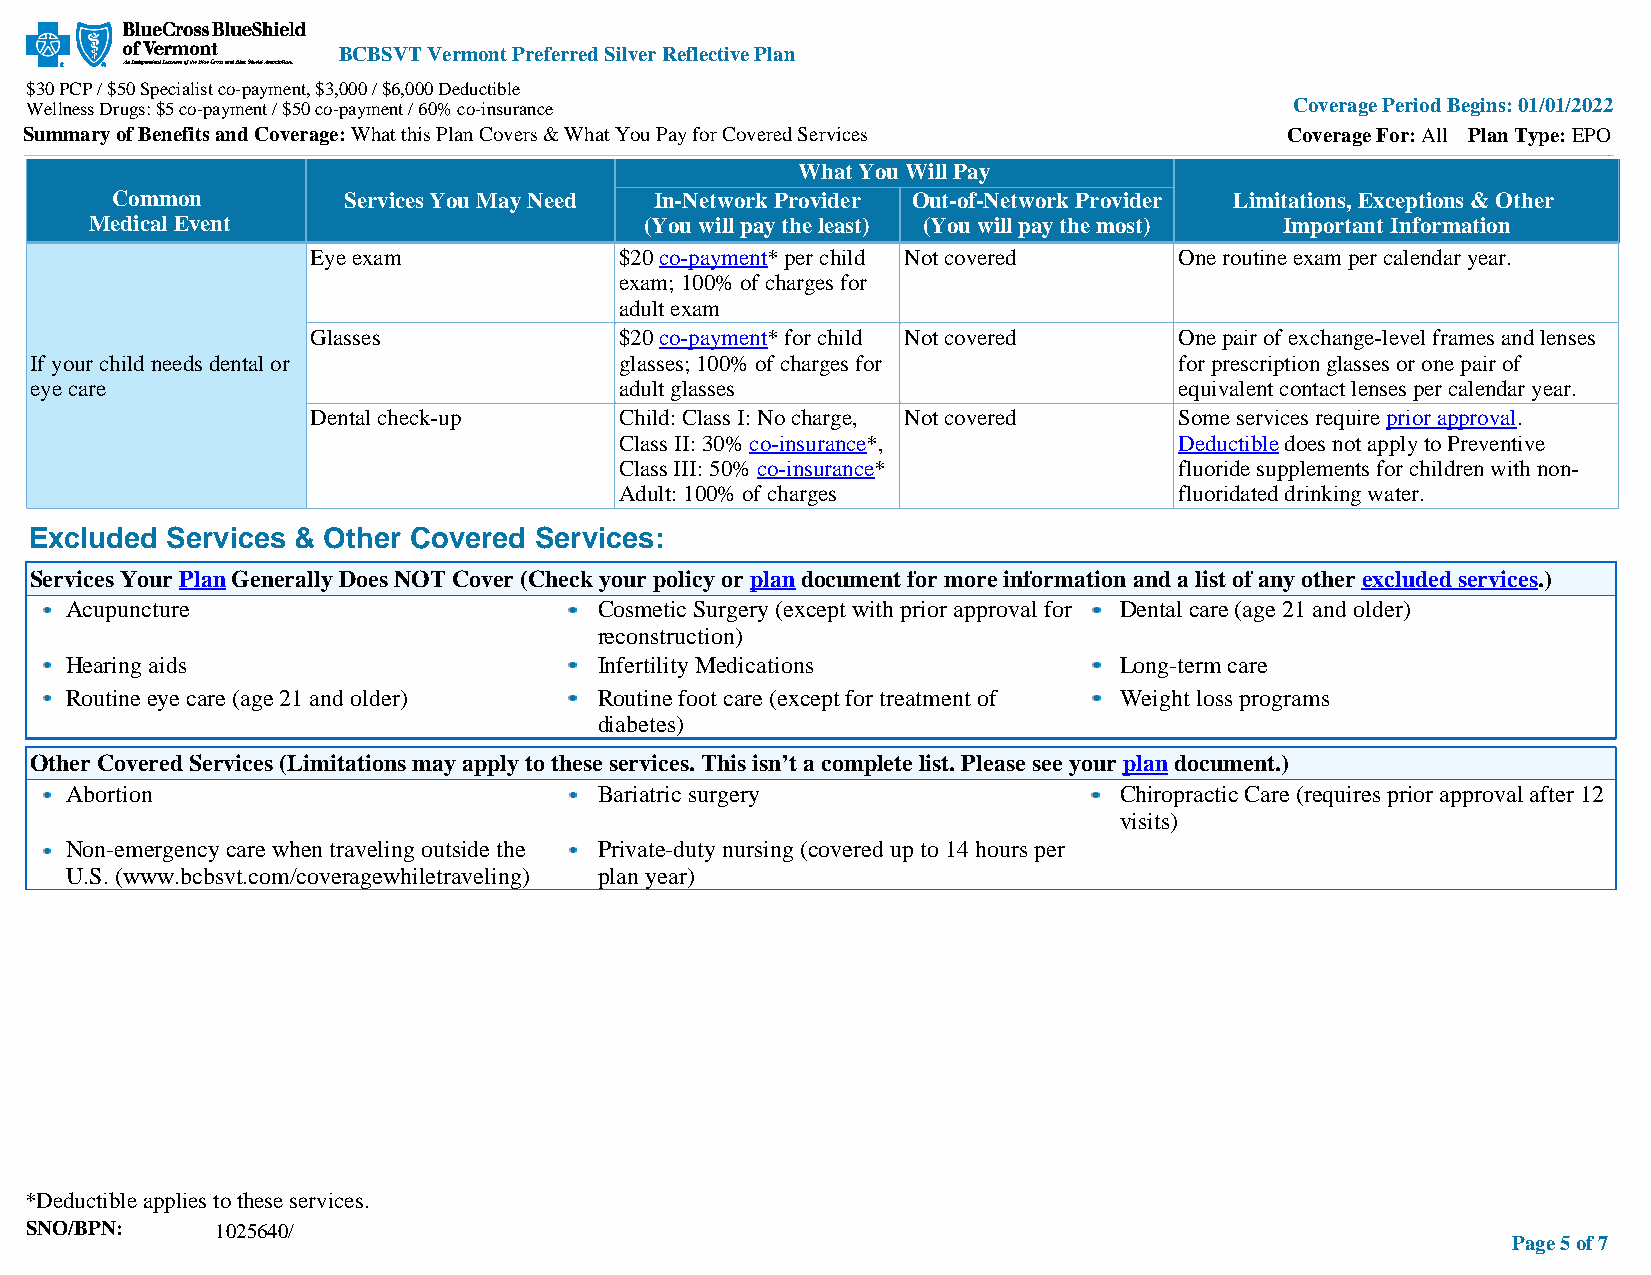
BCBSVT Vermont Preferred Silver Reflective Plan
 $30 PCP / $50 Specialist co-payment, $3,000 / $6,000 Deductible
 Wellness Drugs: $5 co-payment / $50 co-payment / 60% co-insurance                   Coverage Period Begins: 01/01/2022
 Summary of Benefits and Coverage: What this Plan Covers & What You Pay for Covered Services Coverage For: All Plan Type: EPO
 What You Will Pay
 Common          Services You May Need In-Network Provider Out-of-Network Provider Limitations, Exceptions & Other
 Medical Event                        (You will pay the least) (You will pay the most) Important Information
 Eye exam            $20 co-payment* per child Not covered One routine exam per calendar year.
 exam; 100% of charges for
 adult exam
 Glasses             $20 co-payment* for child Not covered One pair of exchange-level frames and lenses
 If your child needs dental or          glasses; 100% of charges for         for prescription glasses or one pair of
 eye care                               adult glasses                        equivalent contact lenses per calendar year.
 Dental check-up     Child: Class I: No charge, Not covered Some services require prior approval.
 Class II: 30% co-insurance*,         Deductible does not apply to Preventive
 Class III: 50% co-insurance*         fluoride supplements for children with non-
 Adult: 100% of charges               fluoridated drinking water.
 Excluded Services & Other Covered Services:
 Services Your Plan Generally Does NOT Cover (Check your policy or plan document for more information and a list of any other excluded services.)
 Acupuncture                         Cosmetic Surgery (except with prior approval for Dental care (age 21 and older)
 reconstruction)
 Hearing aids                        Infertility Medications           Long-term care
 Routine eye care (age 21 and older) Routine foot care (except for treatment of Weight loss programs
 diabetes)
 Other Covered Services (Limitations may apply to these services. This isn’t a complete list. Please see your plan document.)
 Abortion                            Bariatric surgery                 Chiropractic Care (requires prior approval after 12
 visits)
 Non-emergency care when traveling outside the Private-duty nursing (covered up to 14 hours per
 U.S. (www.bcbsvt.com/coveragewhiletraveling) plan year)
 *Deductible applies to these services.
 SNO/BPN:    1025640/
 Page 5 of 7